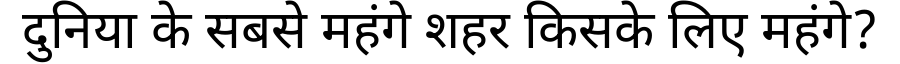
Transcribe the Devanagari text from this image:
दुनिया के सबसे महंगे शहर किसके लिए महंगे?